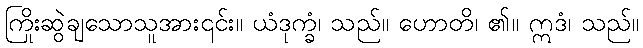
ကြိုးဆွဲချသောသူအား၎င်း။ ယံဒုက္ခံ၊ သည်။ ဟောတိ၊ ၏။ ဣဒံ၊ သည်။